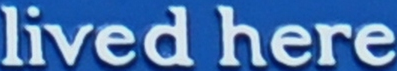
lived here